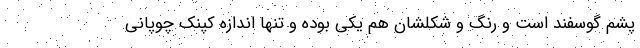
پشم گوسفند است و رنگ و شکلشان هم یکی بوده و تنها اندازه کپنک چوپانی